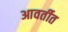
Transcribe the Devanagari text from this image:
आवर्तीत